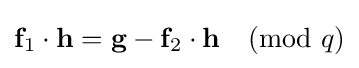
{\textbf {f}}_{1}\cdot {\textbf {h}}={\textbf {g}}-{\textbf {f}}_{2}\cdot {\textbf {h}}{\pmod {q}}